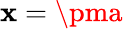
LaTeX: \mathbf{x}=\pma